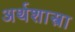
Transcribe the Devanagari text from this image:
अर्थशास्त्रा